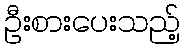
ဦးစားပေးသည့်